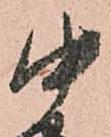
中